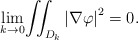
\begin{align*}\underset{k\rightarrow0}{\lim}{\displaystyle\iint_{D_{k}}}\left\vert \nabla\varphi\right\vert ^{2}=0. \end{align*}